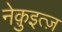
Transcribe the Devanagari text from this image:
नेक़ुइत्ज़